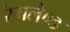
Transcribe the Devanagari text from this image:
रेमलैण्ड